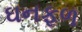
ઘનફળ